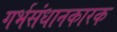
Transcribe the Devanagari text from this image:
गर्भसंधानकारक